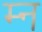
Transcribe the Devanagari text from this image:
म्न